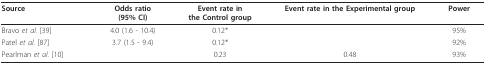
| Source | Odds ratio(95% CI) | Event rate inthe Control group | Event rate in the Experimental group | Power |
 | --- | --- | --- | --- | --- |
 | Bravo et al. [39] | 4.0 (1.6 - 10.4) | 0.12* |  | 95% |
 | Patel et al. [87] | 3.7 (1.5 - 9.4) | 0.12* |  | 92% |
 | Pearlman et al. [10] |  | 0.23 | 0.48 | 93% |